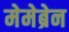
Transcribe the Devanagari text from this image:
मेमेब्रेन